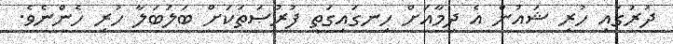
ދުރުގައި ހުރި ޝައުން އެ ދިމާއަށް ހިނގައިގަތީ ފުރުޞަތަކަށް ބަލަބަލާ ހުރި ހެންނެވެ.